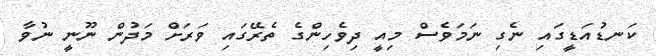
ކަނޑުއަޑީގައި ނެގި ނަމަވެސް މިއީ ދިވެހިންގެ ތެރޭގައި ވަރަށް މަދުން ނޫނީ ނުވާ